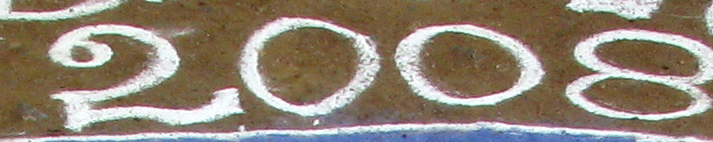
2008